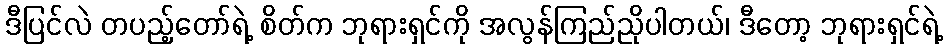
ဒီပြင်လဲ တပည့်တော်ရဲ့ စိတ်က ဘုရားရှင်ကို အလွန်ကြည်ညိုပါတယ်၊ ဒီတော့ ဘုရားရှင်ရဲ့